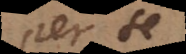
per se